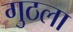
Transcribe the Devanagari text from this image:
गुठला